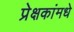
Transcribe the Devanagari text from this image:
प्रेक्षकांमधे